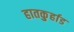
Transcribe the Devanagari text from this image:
हातकु्र्हाड